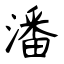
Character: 潘